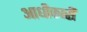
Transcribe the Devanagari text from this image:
आधीकारी